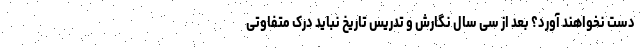
دست نخواهند آورد؟ بعد از سی سال نگارش و تدریس تاریخ نباید درک متفاوتی